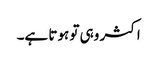
اکثر وہی تو ہوتا ہے۔